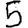
Digit: 5